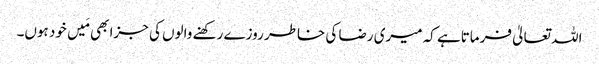
اللہ تعالیٰ فرماتاہے کہ میری رضا کی خاطر روزے رکھنے والوں کی جزا بھی مَیں خود ہوں۔